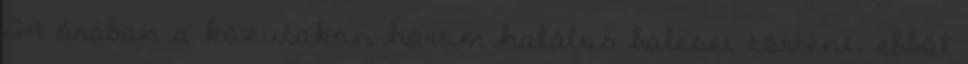
24 órában a közutakon három halálos baleset történt, ebből